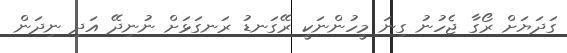
ގަދަޔަށް ރޯގާ ޖެހުނު ގިނަ މީހުންނަކީ ރޭގަނޑު ރަނގަޅަށް ނުނިދޭ އަދި ނިދަން